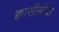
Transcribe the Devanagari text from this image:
क्वासीमोदो